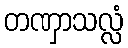
တဏှာသလ္လံ